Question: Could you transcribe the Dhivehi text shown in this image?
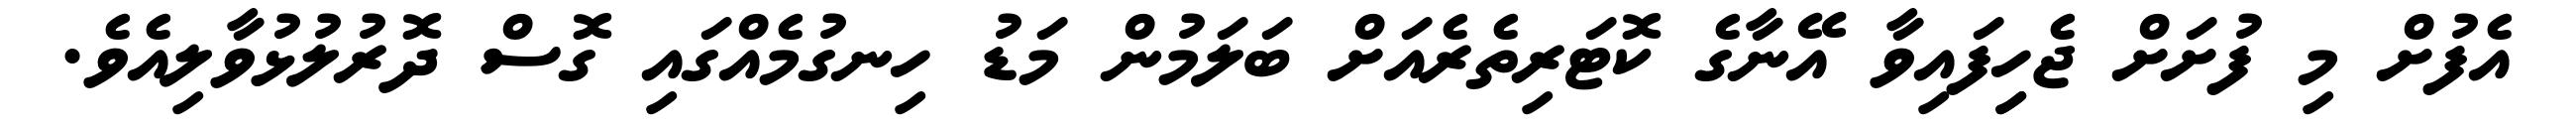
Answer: އެފުށް މި ފުށަށް ޖެހިިފައިވާ އޭނާގެ ކޮޓަރިތެރެއަށް ބަލަމުން މަޑު ހިނގުމެއްގައި ގޮސް ދޮރުލުޅުވާލިއެވެ.